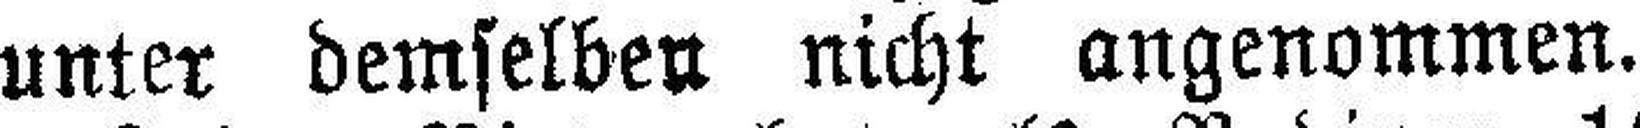
unter demselben nicht angenommen.